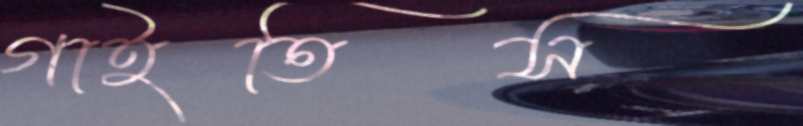
গাইতিস